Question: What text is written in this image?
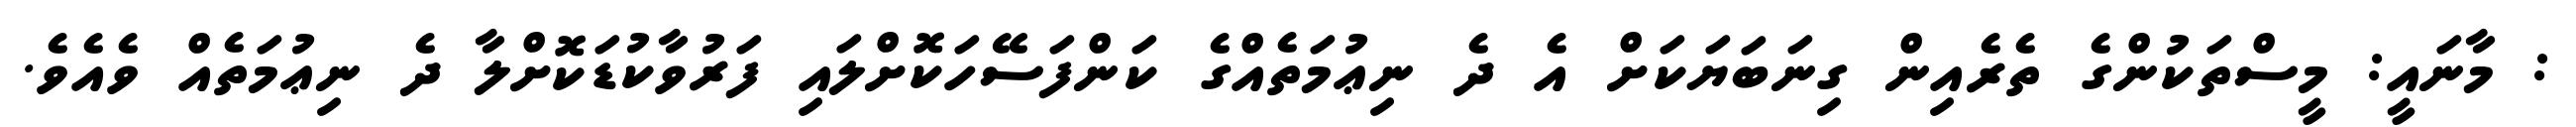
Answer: : މާނައީ: މީސްތަކުންގެ ތެރެއިން ގިނަބަޔަކަށް އެ ދެ ނިޢުމަތެއްގެ ކަންފަސޭހަކޮށްލައި ފަރުވާކުޑަކޮށްލާ ދެ ނިޢުމަތެއް ވެއެވެ.